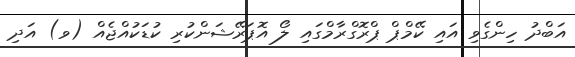
އަބްދު ހިންގެވި އައި ކޭމްޕް ޕްރޮގްރާމްގައި ލޯ އޮޕަރޭޝަންކުރި ކުޑަކުއްޖެއް (ވ) އަދި